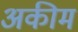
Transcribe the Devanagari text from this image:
अकीम